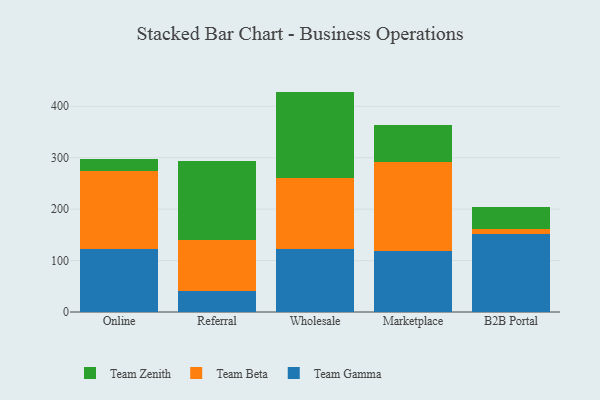
{"axis": {"x": "Channel", "y": "Page Views"}, "legend": ["Team Beta", "Team Gamma", "Team Zenith"], "data": [{"x": "Online", "y": 122.1, "type": "Team Gamma"}, {"x": "Online", "y": 153.0, "type": "Team Beta"}, {"x": "Online", "y": 23.1, "type": "Team Zenith"}, {"x": "Referral", "y": 40.0, "type": "Team Gamma"}, {"x": "Referral", "y": 100.5, "type": "Team Beta"}, {"x": "Referral", "y": 153.6, "type": "Team Zenith"}, {"x": "Wholesale", "y": 122.2, "type": "Team Gamma"}, {"x": "Wholesale", "y": 138.3, "type": "Team Beta"}, {"x": "Wholesale", "y": 168.0, "type": "Team Zenith"}, {"x": "Marketplace", "y": 117.7, "type": "Team Gamma"}, {"x": "Marketplace", "y": 173.1, "type": "Team Beta"}, {"x": "Marketplace", "y": 72.0, "type": "Team Zenith"}, {"x": "B2B Portal", "y": 151.3, "type": "Team Gamma"}, {"x": "B2B Portal", "y": 9.9, "type": "Team Beta"}, {"x": "B2B Portal", "y": 43.3, "type": "Team Zenith"}]}